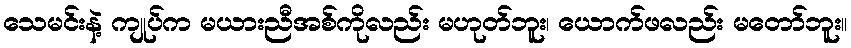
သေမင်းနဲ့ ကျုပ်က မယားညီအစ်ကိုလည်း မဟုတ်ဘူး၊ ယောက်ဖလည်း မတော်ဘူး။